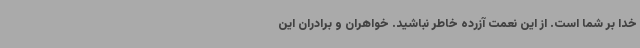
خدا بر شما است. از این نعمت آزرده خاطر نباشید. خواهران و برادران این